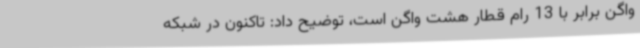
واگن برابر با 13 رام قطار هشت واگن است، توضیح داد: تاکنون در شبکه